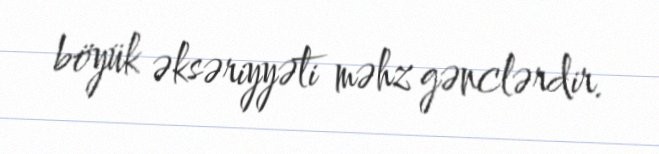
böyük əksəriyyəti məhz gənclərdir.